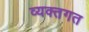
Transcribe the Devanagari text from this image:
व्यक्तगत